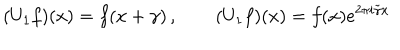
LaTeX: ( U _ { 1 } f ) ( x ) = f ( x + \gamma ) \, , \qquad ( U _ { 1 } f ) ( x ) = f ( x ) e ^ { 2 \pi i \tilde { \gamma } x }